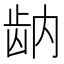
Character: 𬹻